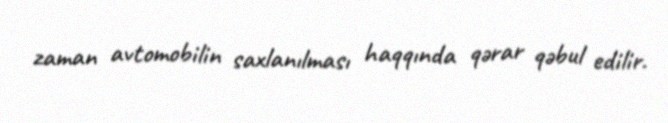
zaman avtomobilin saxlanılması haqqında qərar qəbul edilir.